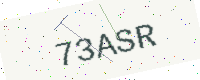
Text: 73ASR